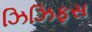
ઝિઝિફસ